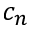
c _ { n }